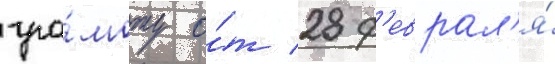
гра́моту о́т 28 ф'еврал'я́